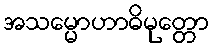
အသမ္မောဟာဓိမုတ္တော